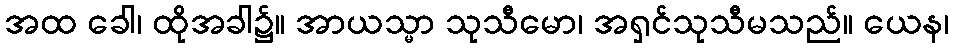
အထ ခေါ၊ ထိုအခါ၌။ အာယသ္မာ သုသီမော၊ အရှင်သုသီမသည်။ ယေန၊